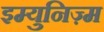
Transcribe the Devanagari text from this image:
इम्युनिज़्म